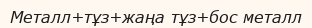
Металл+тұз+жаңа тұз+бос металл